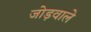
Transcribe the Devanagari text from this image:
जोड़वाले